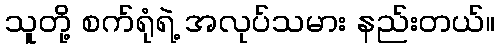
သူတို့ စက်ရုံရဲ့ အလုပ်သမား နည်းတယ်။